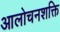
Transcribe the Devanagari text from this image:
आलोचनशक्ति